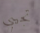
تجيبي